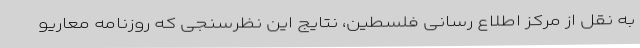
به نقل از مرکز اطلاع رسانی فلسطین، نتایج این نظرسنجی که روزنامه معاریو